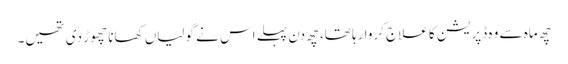
چھ ماہ سے وہ ڈپریشن کا علاج کروا رہا تھا، چھ دن پہلے اس نے گولیاں کھانا چھوڑ دی تھیں۔